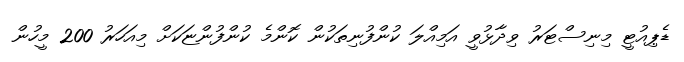
ޑެޕިއުޓީ މިނިސްޓަރު ވިދާޅުވީ އަމިއްލަ ކުންފުނިތަކުން ކޮންމެ ކުންފުންޏަކަށް މިއަހަރު 200 މީހުން